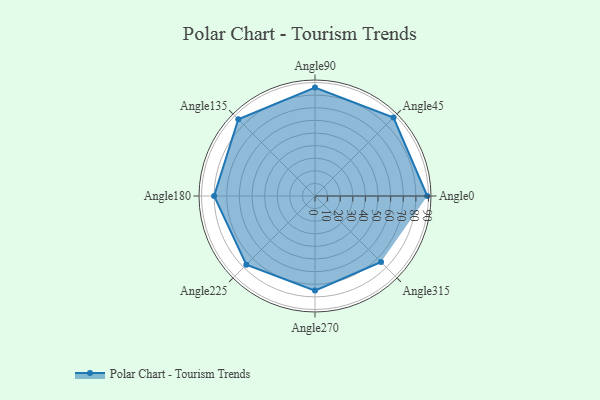
{"axis": {"x": "Angle", "y": "Radius"}, "legend": [""], "data": [{"x": "Angle0", "y": 89.0, "type": ""}, {"x": "Angle45", "y": 88.0, "type": ""}, {"x": "Angle90", "y": 86.0, "type": ""}, {"x": "Angle135", "y": 86.0, "type": ""}, {"x": "Angle180", "y": 80.0, "type": ""}, {"x": "Angle225", "y": 77.0, "type": ""}, {"x": "Angle270", "y": 75.0, "type": ""}, {"x": "Angle315", "y": 74.0, "type": ""}]}